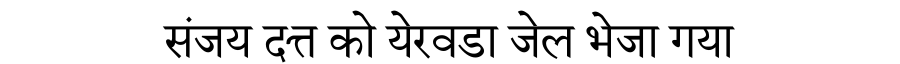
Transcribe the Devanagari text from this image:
संजय दत्त को येरवडा जेल भेजा गया